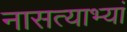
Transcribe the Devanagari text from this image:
नासत्याभ्यां